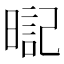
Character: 𣉸